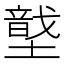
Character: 𡑠